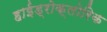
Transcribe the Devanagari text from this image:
हाईड्रोक्लोरिक